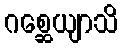
ဂစ္ဆေယျာသိ